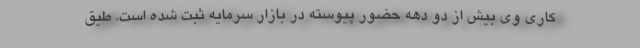
کاری وی بیش از دو دهه حضور پیوسته در بازار سرمایه ثبت شده است. طیق